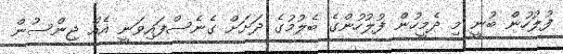
ފުލުހުން ބުނީ މި ދެމީހުން ފުލުހުންގެ ބެލުމުގެ ދަށަށް ގެނެސްފައިވަނީ އެއް ޖިންސުން